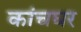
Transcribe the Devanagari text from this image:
कांचघर